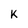
Character: k